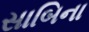
સાબિના